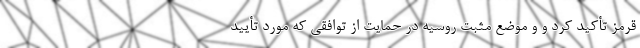
قرمز تأکید کرد و و موضع مثبت روسیه در حمایت از توافقی که مورد تأیید